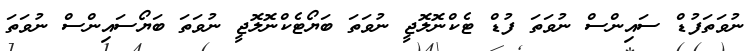
ނުވަތަފުޑް ސައިންސް ނުވަތަ ފުޑް ޓެކްނޮލޮޖީ ނުވަތަ ބަޔޯޓެކްނޮލޮޖީ ނުވަތަ ބަޔޯސައިންސް ނުވަތަ